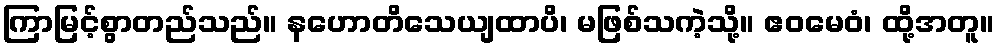
ကြာမြင့်စွာတည်သည်။ နဟောတိသေယျထာပိ၊ မဖြစ်သကဲ့သို့။ ဧဝမေဝံ၊ ထို့အတူ။